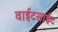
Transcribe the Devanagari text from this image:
वाईटसाईट